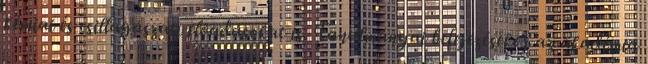
kémiai és csillagászati előadásokat is. Tanulmányai befejezésekor az akadémia